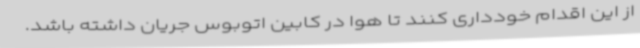
از این اقدام خودداری کنند تا هوا در کابین اتوبوس جریان داشته باشد.